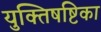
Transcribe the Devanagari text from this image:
युक्तिषष्टिका